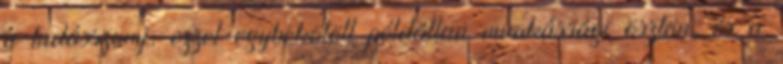
a tudásszomj, ezzel egybekötött példátlan munkássági ösztön, és a